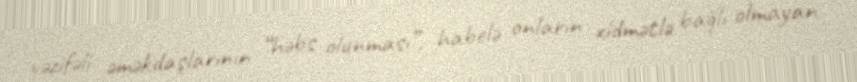
vəzifəli əməkdaşlarının “həbs olunması”, habelə onların xidmətlə bağlı olmayan